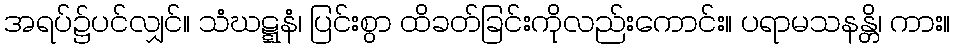
အရပ်၌ပင်လျှင်။ သံဃဋ္ဋနံ၊ ပြင်းစွာ ထိခတ်ခြင်းကိုလည်းကောင်း။ ပရာမသနန္တိ၊ ကား။